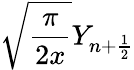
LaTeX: \sqrt{\frac{\pi}{2x}}Y_{n+\frac{1}{2}}